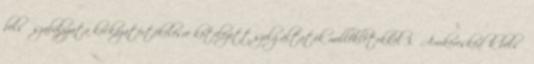
belső szabályzata kockázatértékelésre kötelezett szolgáltatók mellékletekkel 3. Árukereskedők belső